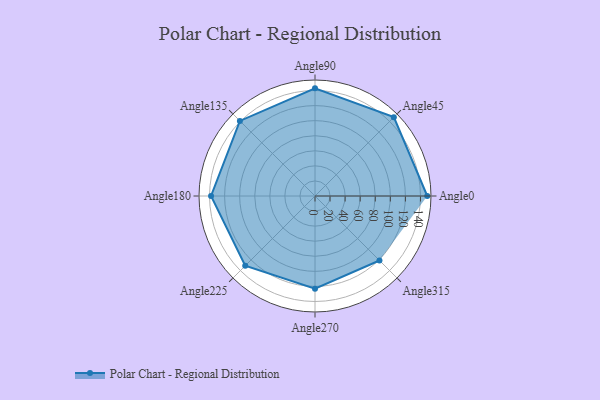
{"axis": {"x": "Angle", "y": "Radius"}, "legend": [""], "data": [{"x": "Angle0", "y": 149.0, "type": ""}, {"x": "Angle45", "y": 148.0, "type": ""}, {"x": "Angle90", "y": 143.0, "type": ""}, {"x": "Angle135", "y": 141.0, "type": ""}, {"x": "Angle180", "y": 138.0, "type": ""}, {"x": "Angle225", "y": 131.0, "type": ""}, {"x": "Angle270", "y": 123.0, "type": ""}, {"x": "Angle315", "y": 121.0, "type": ""}]}